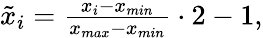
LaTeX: \begin{array}{r}{\tilde{x}_{i}=\frac{x_{i}-x_{min}}{x_{max}-x_{min}}\cdot 2-1,}\end{array}